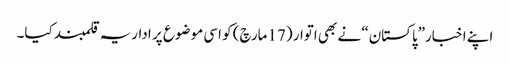
اپنے اخبار”پاکستان“ نے بھی اتوار (17مارچ) کو اسی موضوع پر اداریہ قلمبند کیا۔